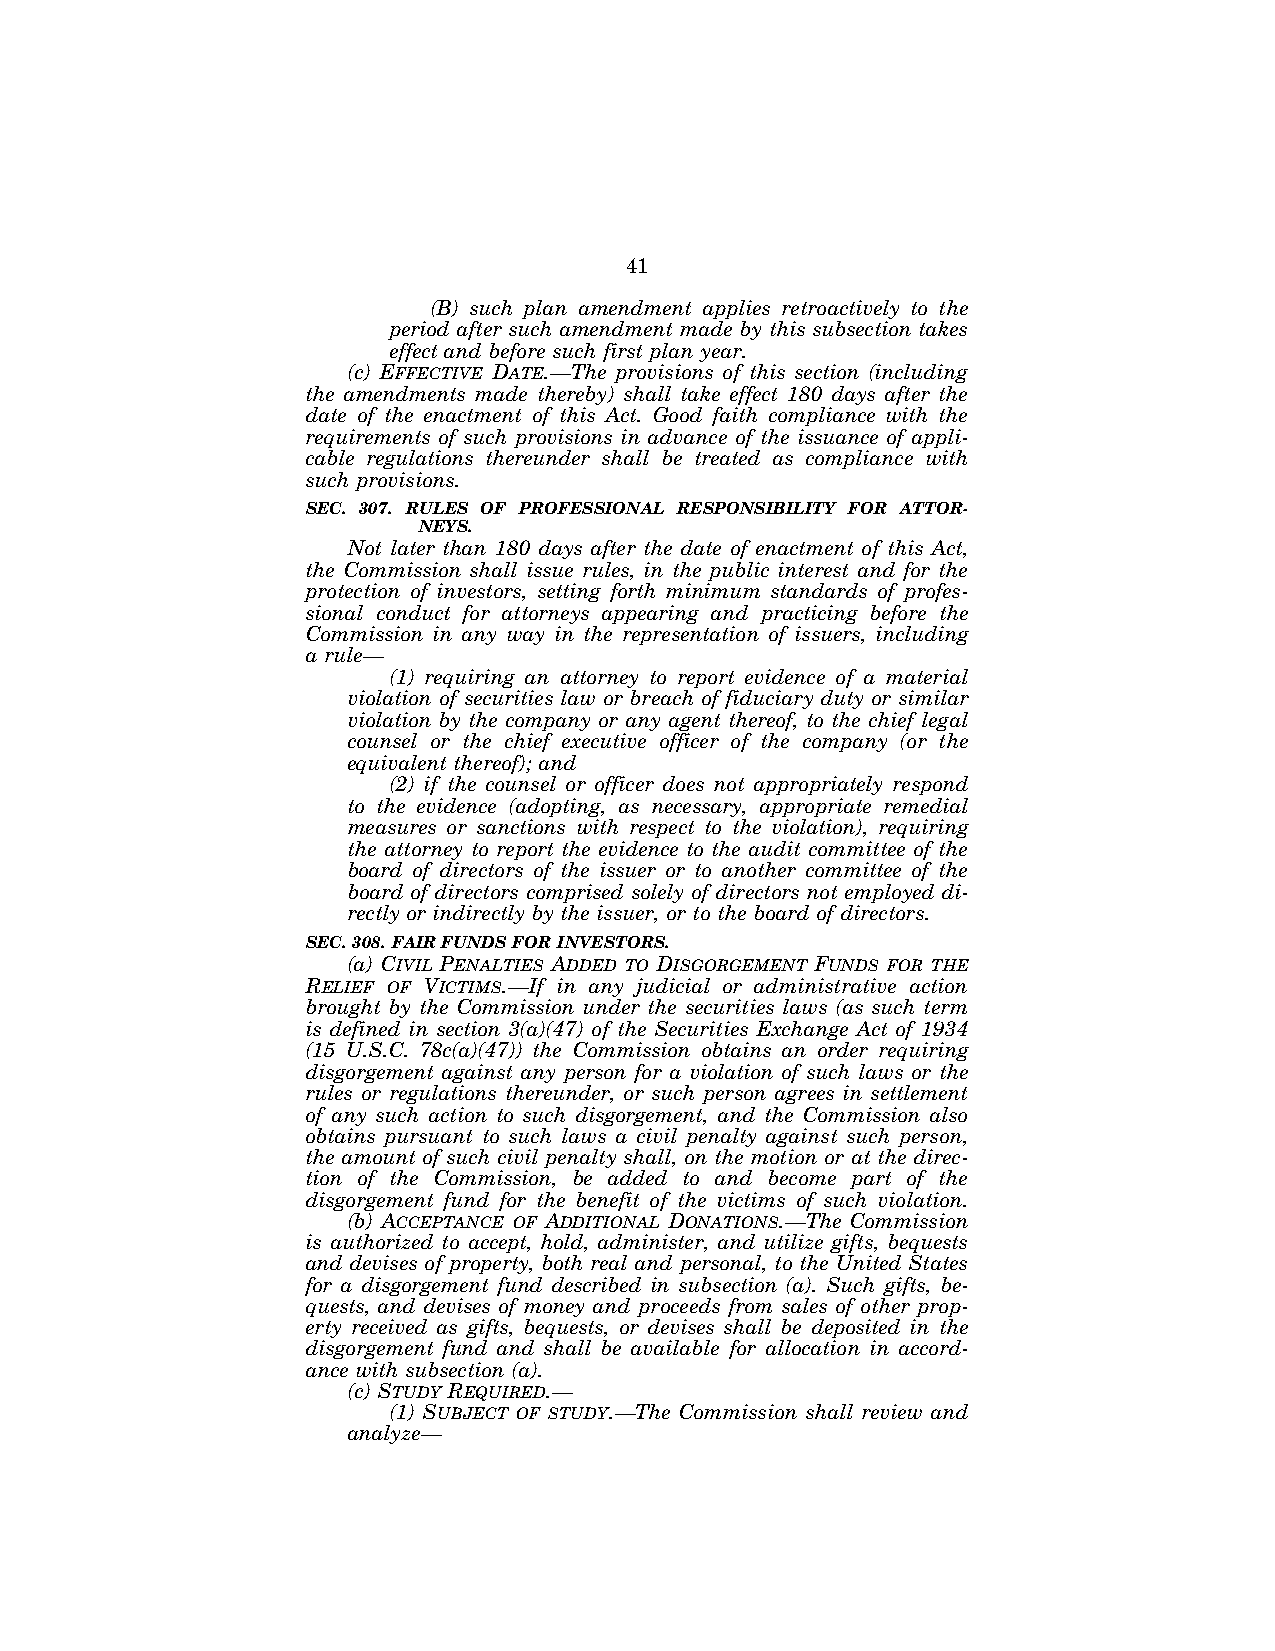
41
 (B) such plan amendment applies retroactively to the
 period after such amendment made by this subsection takes
 effect and before such first plan year.
 (c) EFFECTIVE DATE.—The provisions of this section (including
 the amendments made thereby) shall take effect 180 days after the
 date of the enactment of this Act. Good faith compliance with the
 requirements of such provisions in advance of the issuance of appli-
 cable regulations thereunder shall be treated as compliance with
 such provisions.
 SEC. 307. RULES OF PROFESSIONAL RESPONSIBILITY FOR ATTOR-
 NEYS.
 Not later than 180 days after the date of enactment of this Act,
 the Commission shall issue rules, in the public interest and for the
 protection of investors, setting forth minimum standards of profes-
 sional conduct for attorneys appearing and practicing before the
 Commission in any way in the representation of issuers, including
 a rule—
 (1) requiring an attorney to report evidence of a material
 violation of securities law or breach of fiduciary duty or similar
 violation by the company or any agent thereof, to the chief legal
 counsel or the chief executive officer of the company (or the
 equivalent thereof); and
 (2) if the counsel or officer does not appropriately respond
 to the evidence (adopting, as necessary, appropriate remedial
 measures or sanctions with respect to the violation), requiring
 the attorney to report the evidence to the audit committee of the
 board of directors of the issuer or to another committee of the
 board of directors comprised solely of directors not employed di-
 rectly or indirectly by the issuer, or to the board of directors.
 SEC. 308. FAIR FUNDS FOR INVESTORS.
 (a) CIVIL PENALTIES ADDED TO DISGORGEMENT FUNDS FOR THE
 RELIEF OF VICTIMS.—If in any judicial or administrative action
 brought by the Commission under the securities laws (as such term
 is defined in section 3(a)(47) of the Securities Exchange Act of 1934
 (15 U.S.C. 78c(a)(47)) the Commission obtains an order requiring
 disgorgement against any person for a violation of such laws or the
 rules or regulations thereunder, or such person agrees in settlement
 of any such action to such disgorgement, and the Commission also
 obtains pursuant to such laws a civil penalty against such person,
 the amount of such civil penalty shall, on the motion or at the direc-
 tion of the Commission, be added to and become part of the
 disgorgement fund for the benefit of the victims of such violation.
 (b) ACCEPTANCE OF ADDITIONAL DONATIONS.—The Commission
 is authorized to accept, hold, administer, and utilize gifts, bequests
 and devises of property, both real and personal, to the United States
 for a disgorgement fund described in subsection (a). Such gifts, be-
 quests, and devises of money and proceeds from sales of other prop-
 erty received as gifts, bequests, or devises shall be deposited in the
 disgorgement fund and shall be available for allocation in accord-
 ance with subsection (a).
 (c) STUDY REQUIRED.—
 (1) SUBJECT OF STUDY.—The Commission shall review and
 analyze—
 VerDate Jul 19 2002 16:35 Jul 25, 2002 Jkt 080361 PO 00000 Frm 00041 Fmt 6659 Sfmt 6603 E:\HR\OC\HR610.XXX pfrm15 PsN: HR610